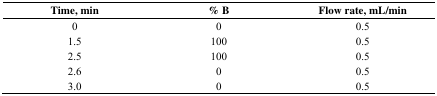
<table><thead><tr><td><b>Time, min</b></td><td><b>% B</b></td><td><b>Flow rate, mL/min</b></td></tr></thead><tbody><tr><td>0</td><td>0</td><td>0.5</td></tr><tr><td>1.5</td><td>100</td><td>0.5</td></tr><tr><td>2.5</td><td>100</td><td>0.5</td></tr><tr><td>2.6</td><td>0</td><td>0.5</td></tr><tr><td>3.0</td><td>0</td><td>0.5</td></tr></tbody></table>